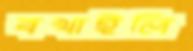
বখাইলি